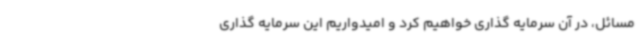
مسائل، در آن سرمایه گذاری خواهیم کرد و امیدواریم این سرمایه گذاری